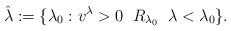
LaTeX: \begin{align*}\hat{\lambda}:=\{ \lambda_0 : v^{\lambda} >0 \; \; R_{\lambda_0} \; \; \lambda <\lambda_0\}.\end{align*}